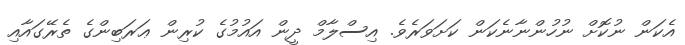
އެކަން ނުކޮށް ނުހުންނާނެކަން ކަށަވަރެވެ. އިސްލާމް ދީން އައުމުގެ ކުރިން ޢަރަބިންގެ ތެރޭގައާއި